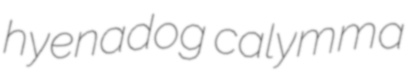
hyenadog calymma